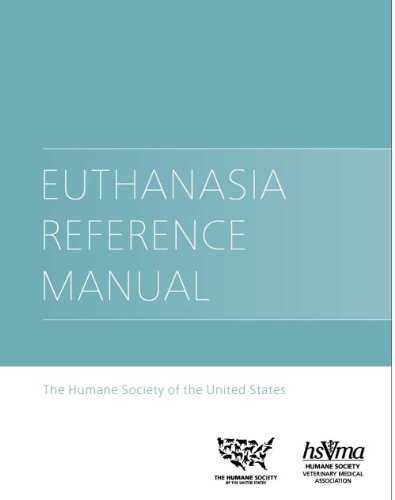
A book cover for The HSUS Euthanasia Reference Manual; The Humane Society of the United States; Medical Books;